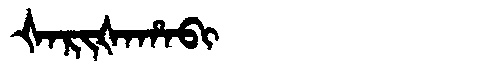
Manchu: ᡧᠠᡵᡳᡧᠠᡥᠠᠪᡳ
Romanization: ŠARIŠAHABI